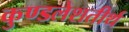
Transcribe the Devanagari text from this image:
कुण्डलेशतीर्थ